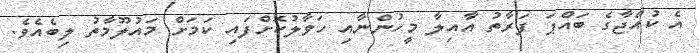
އެ ކުއްޖާގެ ބައްޕަ ފަރާތު އާއިލާ މީހުންނާއި ހަވާލުކޮށްފައި ކަމަށް މައުލޫމާތު ލިބެއެވެ.